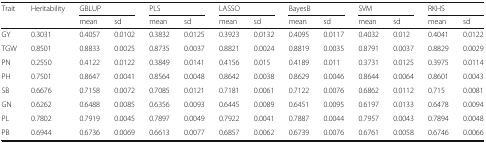
<table><thead><tr><td rowspan="2"><b>Trait</b></td><td><b>Heritability</b></td><td colspan="2"><b>GBLUP</b></td><td colspan="2"><b>PLS</b></td><td colspan="2"><b>LASSO</b></td><td colspan="2"><b>BayesB</b></td><td colspan="2"><b>SVM</b></td><td colspan="2"><b>RKHS</b></td></tr><tr><td></td><td><b>mean</b></td><td><b>sd</b></td><td><b>mean</b></td><td><b>sd</b></td><td><b>mean</b></td><td><b>sd</b></td><td><b>mean</b></td><td><b>sd</b></td><td><b>mean</b></td><td><b>sd</b></td><td><b>mean</b></td><td><b>sd</b></td></tr></thead><tbody><tr><td>GY</td><td>0.3031</td><td>0.4057</td><td>0.0102</td><td>0.3832</td><td>0.0125</td><td>0.3923</td><td>0.0132</td><td>0.4095</td><td>0.0117</td><td>0.4032</td><td>0.012</td><td>0.4041</td><td>0.0122</td></tr><tr><td>TGW</td><td>0.8501</td><td>0.8833</td><td>0.0025</td><td>0.8735</td><td>0.0037</td><td>0.8821</td><td>0.0024</td><td>0.8819</td><td>0.0035</td><td>0.8791</td><td>0.0037</td><td>0.8829</td><td>0.0029</td></tr><tr><td>PN</td><td>0.2550</td><td>0.4122</td><td>0.0122</td><td>0.3849</td><td>0.0141</td><td>0.4156</td><td>0.015</td><td>0.4189</td><td>0.011</td><td>0.3731</td><td>0.0125</td><td>0.3975</td><td>0.0114</td></tr><tr><td>PH</td><td>0.7501</td><td>0.8647</td><td>0.0041</td><td>0.8564</td><td>0.0048</td><td>0.8642</td><td>0.0038</td><td>0.8629</td><td>0.0046</td><td>0.8644</td><td>0.0064</td><td>0.8601</td><td>0.0043</td></tr><tr><td>SB</td><td>0.6676</td><td>0.7158</td><td>0.0072</td><td>0.7085</td><td>0.0121</td><td>0.7181</td><td>0.0061</td><td>0.7122</td><td>0.0076</td><td>0.6862</td><td>0.0112</td><td>0.715</td><td>0.0081</td></tr><tr><td>GN</td><td>0.6262</td><td>0.6488</td><td>0.0085</td><td>0.6356</td><td>0.0093</td><td>0.6445</td><td>0.0089</td><td>0.6451</td><td>0.0095</td><td>0.6197</td><td>0.0133</td><td>0.6478</td><td>0.0094</td></tr><tr><td>PL</td><td>0.7802</td><td>0.7919</td><td>0.0045</td><td>0.7897</td><td>0.0049</td><td>0.7922</td><td>0.0041</td><td>0.7887</td><td>0.0044</td><td>0.7957</td><td>0.0043</td><td>0.7894</td><td>0.0048</td></tr><tr><td>PB</td><td>0.6944</td><td>0.6736</td><td>0.0069</td><td>0.6613</td><td>0.0077</td><td>0.6857</td><td>0.0062</td><td>0.6739</td><td>0.0076</td><td>0.6761</td><td>0.0058</td><td>0.6746</td><td>0.0066</td></tr></tbody></table>